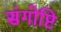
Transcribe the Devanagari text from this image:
संगोष्टि